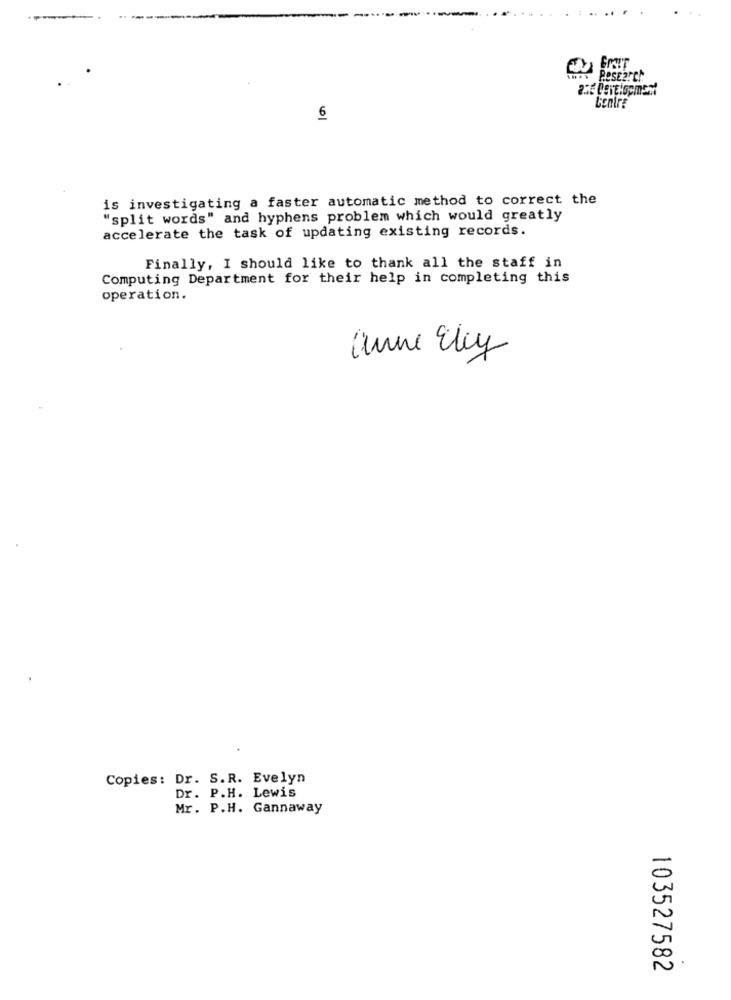
Research
Centre
6
is investigating a faster automatic method to correct the
"split words" and hyphens problem which would greatly
accelerate the task of updating existing records.
Finally, I should like to thank all the staff in
Computing Department for their help in completing this
operation.
anne Eley
Copies: Dr. S.R. Evelyn
Dr. P.H. Lewis
Mr. P.H. Gannaway
103527582